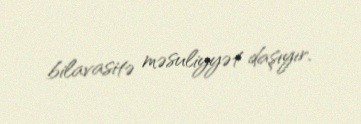
bilavasitə məsuliyyət daşıyır.